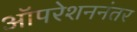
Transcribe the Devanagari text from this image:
ऑपरेशननंतर